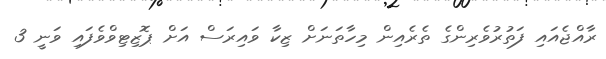
ރާއްޖެއައި ފަތުރުވެރިންގެ ތެރެއިން މިހާތަނަށް ޒިކާ ވައިރަސް އަށް ޕޮޒިޓިވްވެފައި ވަނީ 3